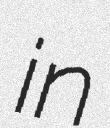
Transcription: in